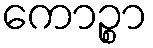
ကောဉ္စာ